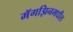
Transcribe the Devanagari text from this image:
मॅगझिनमधील